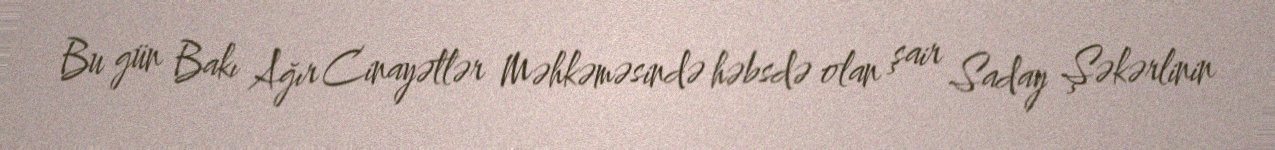
Bu gün Bakı Ağır Cinayətlər Məhkəməsində həbsdə olan şair Saday Şəkərlinin